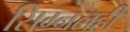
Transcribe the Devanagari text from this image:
सिग्नलही